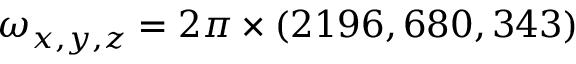
\omega _ { x , y , z } = 2 \pi \times ( 2 1 9 6 , 6 8 0 , 3 4 3 )